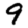
Digit: 9